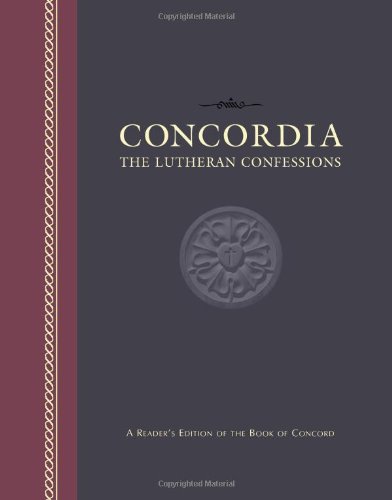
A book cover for Concordia: The Lutheran Confessions -- A Reader's Edition of the Book of Concord; Christian Books & Bibles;